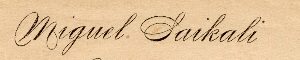
Miguel Saikali